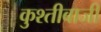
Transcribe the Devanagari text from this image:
कुश्तीबाजी